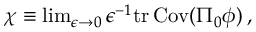
\begin{array} { r } { \chi \equiv \operatorname* { l i m } _ { \epsilon \rightarrow 0 } \epsilon ^ { - 1 } \mathrm { t r } \, { \mathrm { C o v } ( \Pi _ { 0 } { { \phi } } ) } \, , } \end{array}